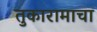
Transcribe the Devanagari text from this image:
तुकारामाचा